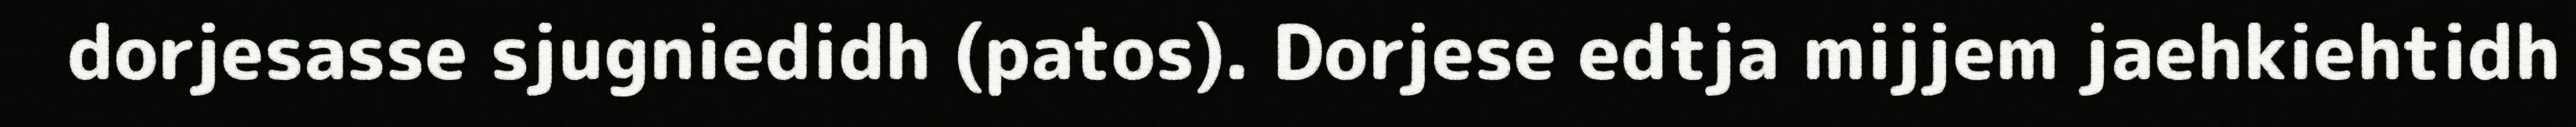
dorjesasse sjugniedidh (patos). Dorjese edtja mijjem jaehkiehtidh